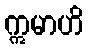
ဣမာဟိ